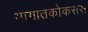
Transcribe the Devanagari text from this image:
भागातकोकसस